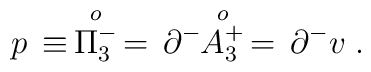
p\, \equiv\, \stackrel{o}{\Pi^-_3} \, = \, \partial^- \!\! \stackrel{o}{A^+_3}\,  =\, \partial^- v  \;.